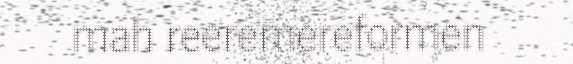
mah reeremereformen